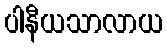
ပါနီယသာလာယ